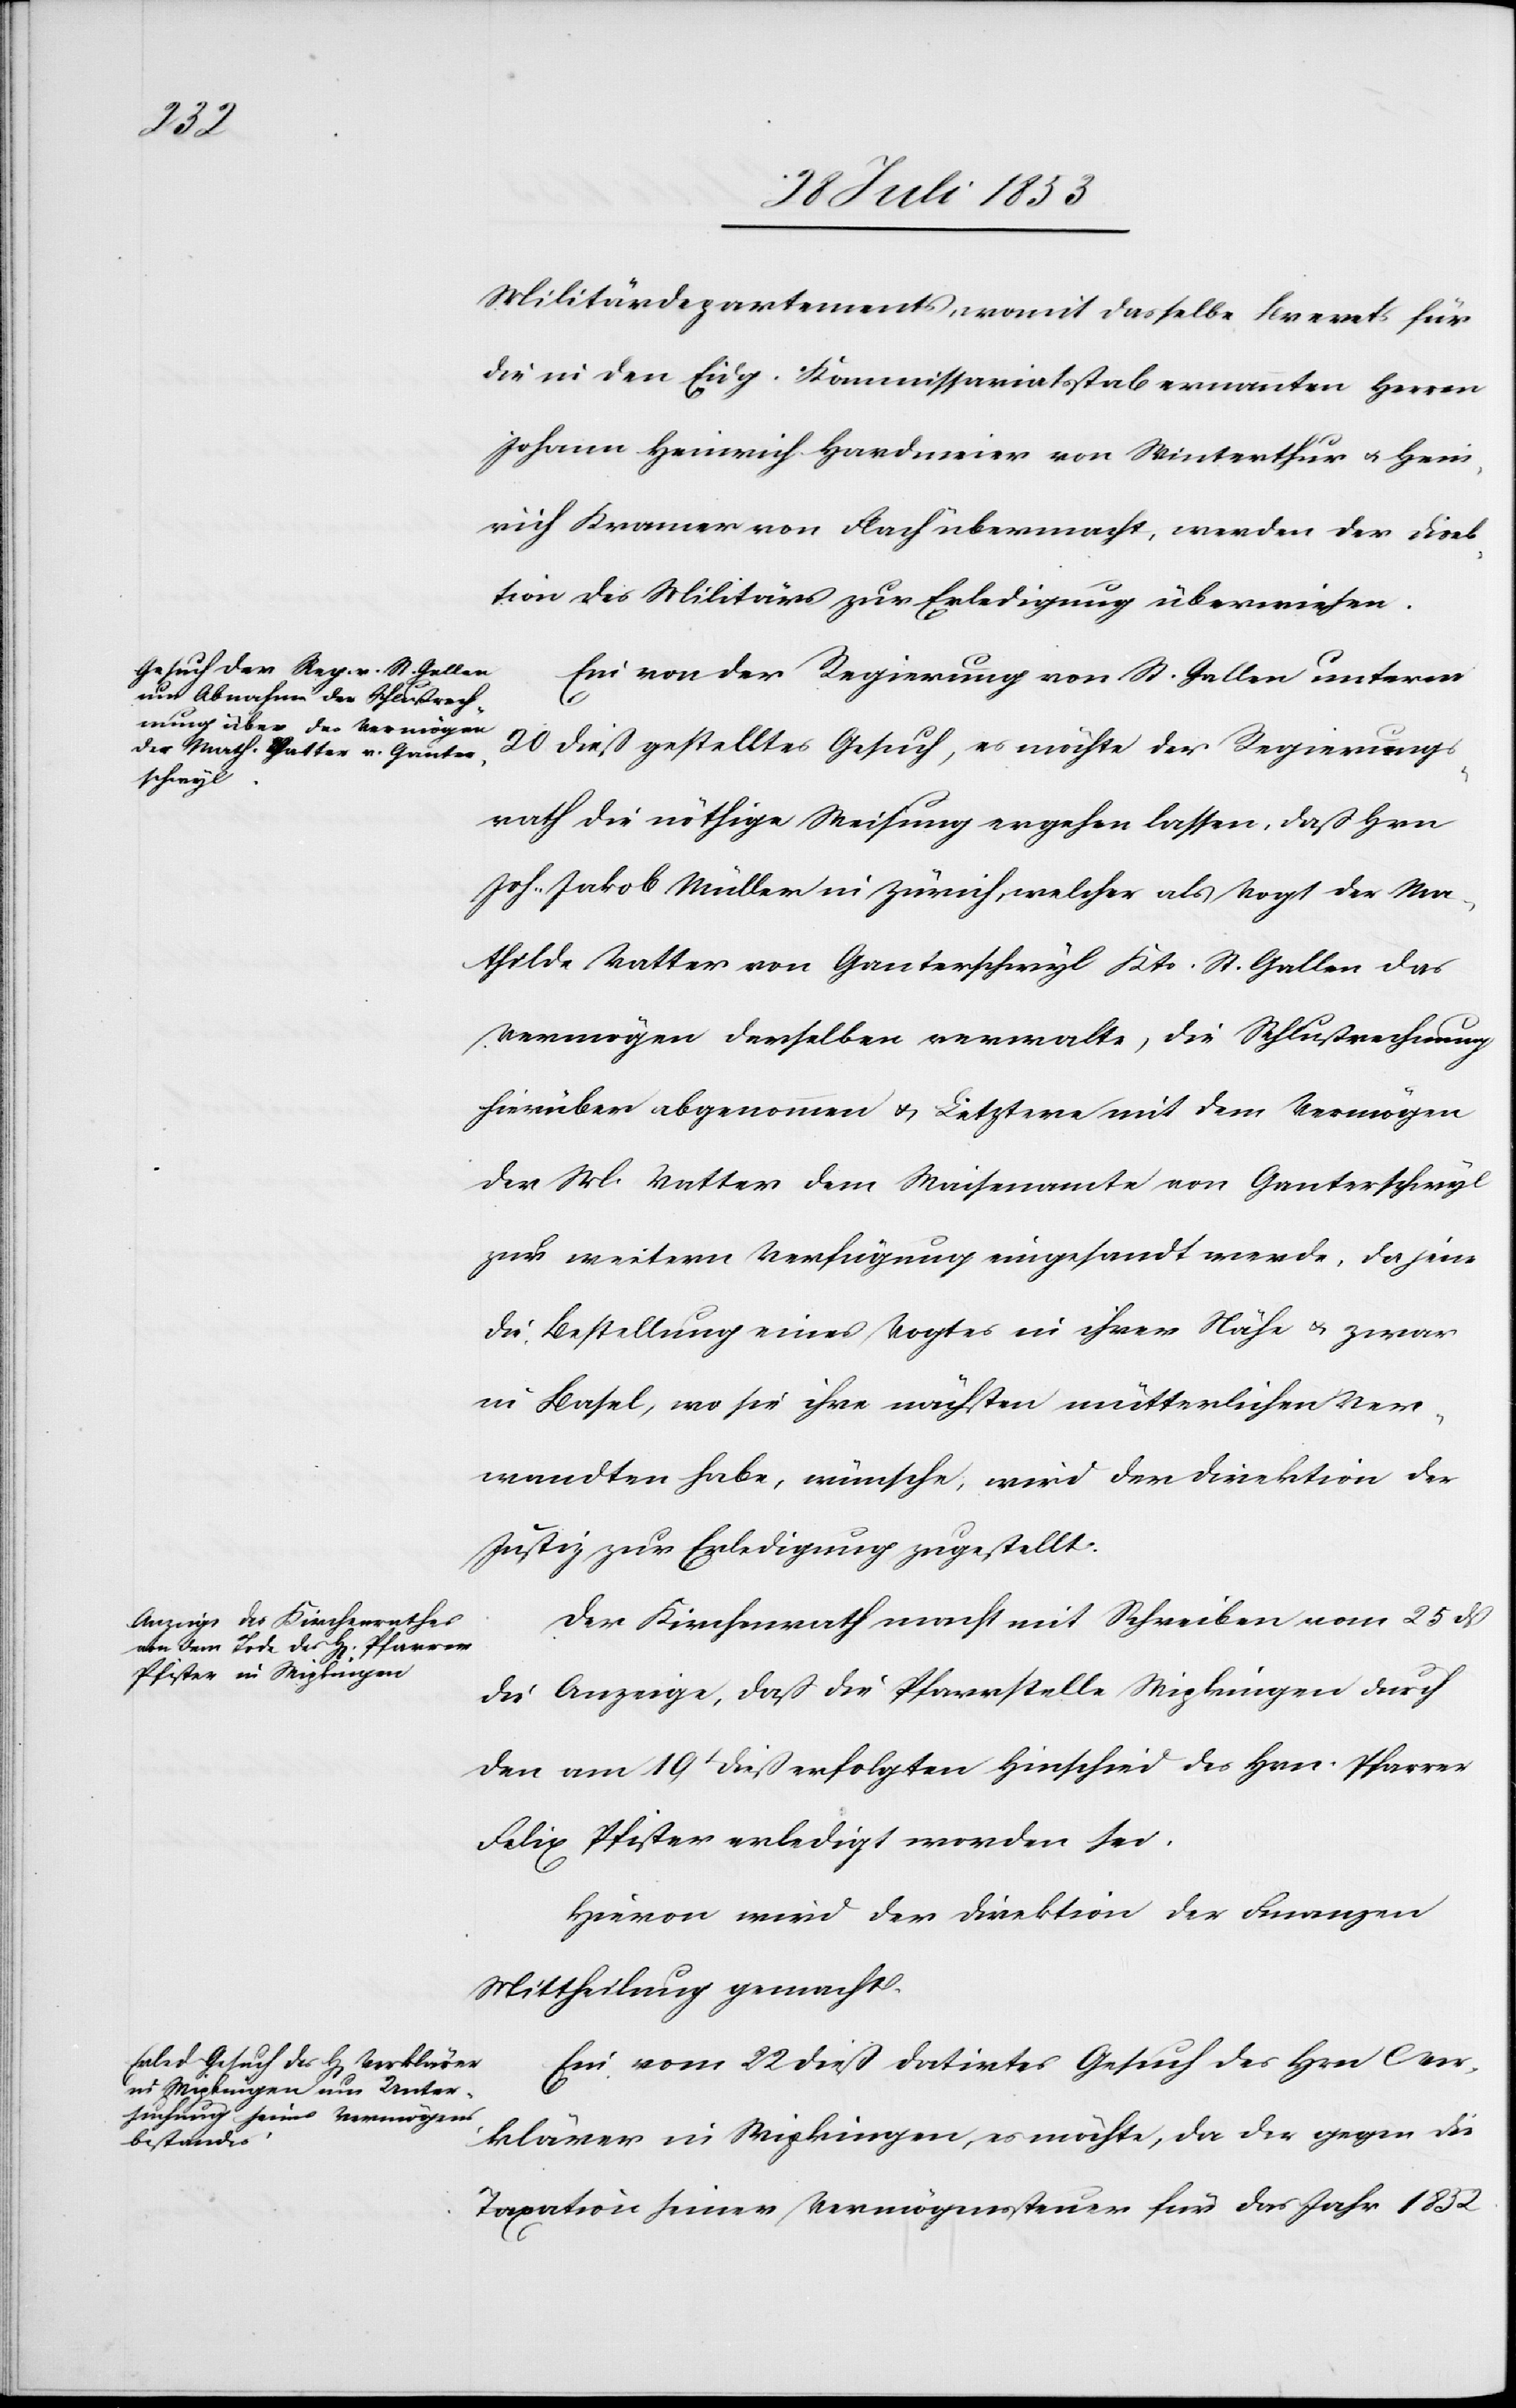
Militärdepartements, womit dasselbe Brevets für
die in den Eidg. Kommissariatsstab ernannten Herrn
Johann Heinrich Hardmeier von Winterthur u. Hein¬
rich Kramer von Flach übermacht, werden der Direk¬
tion des Militärs zur Erledigung überwiesen.
Ein von der Regierung von St. Gallen unterm
20 dieß gestelltes Gesuch, es möchte der Regierungs¬
rath die nöthige Weisung ergehen lassen, daß Hrn.
Joh. Jakob Müller in Zürich, welcher als Vogt der Ma¬
thilde Vatter von Ganterschwyl Kts. St. Gallen das
Vermögen derselben verwalte, die Schlußrechnung
hierüber abgenommen u. Letztere mit dem Vermögen
der M. Vatter dem Waisenamte von Ganterschwyl
zur weitern Verfügung eingesandt werde, da jene
die Bestellung eines Vogtes in ihrer Nähe u. zwar
in Basel, wo sie ihre nächsten mütterlichen Ver¬
wandten habe, wünsche, wird der Direktion der
Justiz zur Erledigung zugestellt.
Der Kirchenrath macht mit Schreiben vom 25 dß
die Anzeige, daß die Pfarrstelle Wipkingen durch
den vom 19t dieß erfolgten Hinscheid des Hrn. Pfarrer
Felix Pfister erledigt worden sei.
Hievon wird der Direktion der Finanzen
Mittheilung gemacht.
Ein vom 22 dieß datirtes Gesuch des Hrn. Ver¬
klärers in Wipkingen, es möchte, da der gegen die
Taxation seines Vermögenssteuer für das Jahr 1852